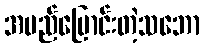
အမည်ပြောင်းတဲ့သဘော